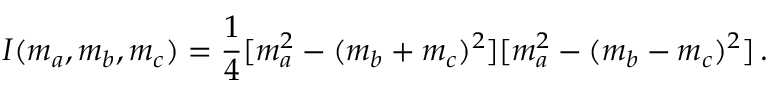
I ( m _ { a } , m _ { b } , m _ { c } ) = \frac { 1 } { 4 } [ m _ { a } ^ { 2 } - ( m _ { b } + m _ { c } ) ^ { 2 } ] [ m _ { a } ^ { 2 } - ( m _ { b } - m _ { c } ) ^ { 2 } ] \, .